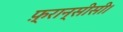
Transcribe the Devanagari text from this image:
फ़्रान्सीसी।